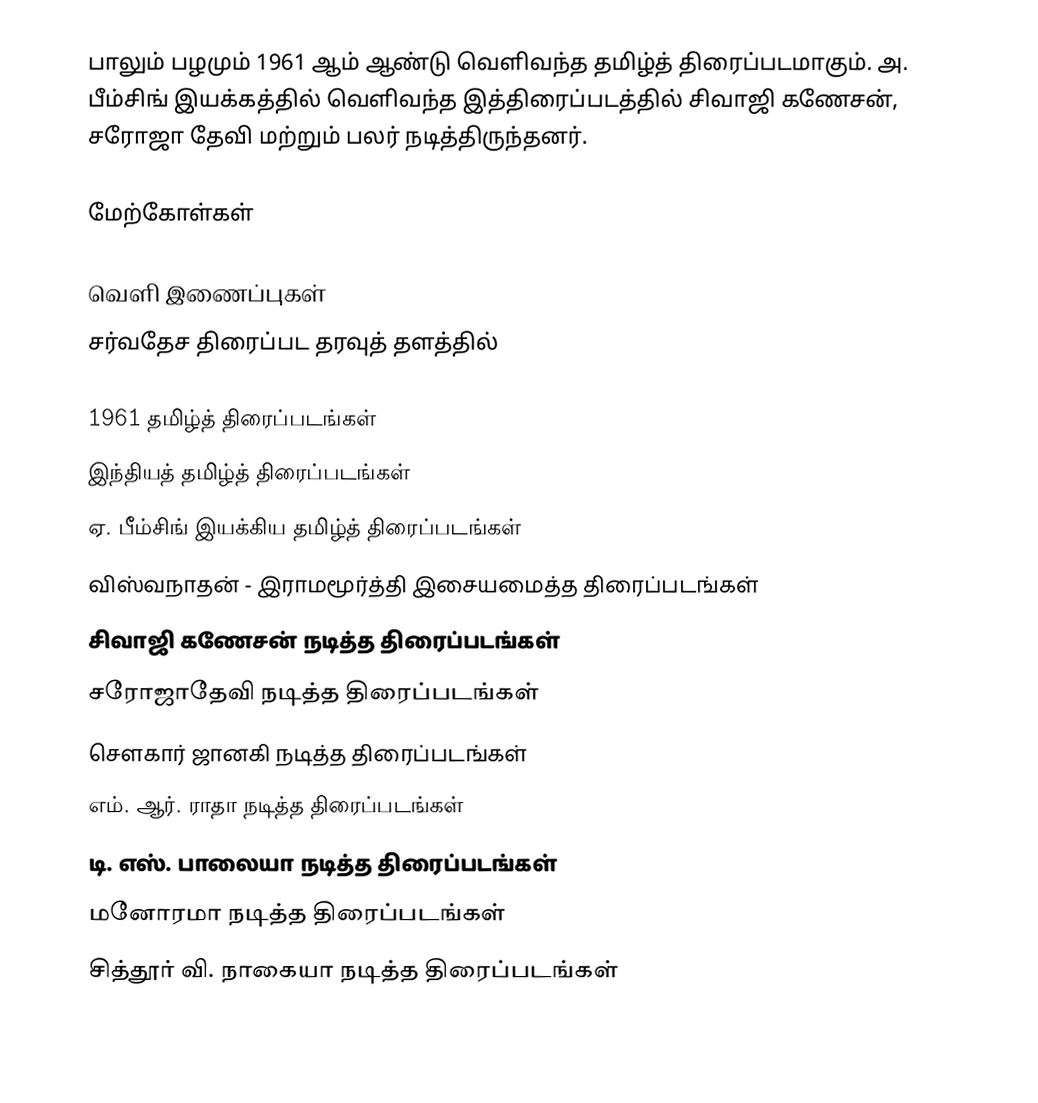
பாலும் பழமும் 1961 ஆம் ஆண்டு வெளிவந்த தமிழ்த் திரைப்படமாகும். அ. பீம்சிங் இயக்கத்தில் வெளிவந்த இத்திரைப்படத்தில் சிவாஜி கணேசன், சரோஜா தேவி மற்றும் பலர் நடித்திருந்தனர்.

மேற்கோள்கள்

வெளி இணைப்புகள்
சர்வதேச திரைப்பட தரவுத் தளத்தில்

1961 தமிழ்த் திரைப்படங்கள்
இந்தியத் தமிழ்த் திரைப்படங்கள்
ஏ. பீம்சிங் இயக்கிய தமிழ்த் திரைப்படங்கள்
விஸ்வநாதன் - இராமமூர்த்தி இசையமைத்த திரைப்படங்கள்
சிவாஜி கணேசன் நடித்த திரைப்படங்கள்
சரோஜாதேவி நடித்த திரைப்படங்கள்
சௌகார் ஜானகி நடித்த திரைப்படங்கள்
எம். ஆர். ராதா நடித்த திரைப்படங்கள்
டி. எஸ். பாலையா நடித்த திரைப்படங்கள்
மனோரமா நடித்த திரைப்படங்கள்
சித்தூர் வி. நாகையா நடித்த திரைப்படங்கள்